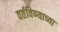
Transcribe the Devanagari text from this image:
वर्तविण्याच्या